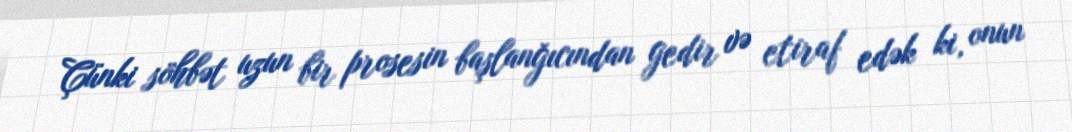
Çünki söhbət uzun bir prosesin başlanğıcından gedir və etiraf edək ki, onun